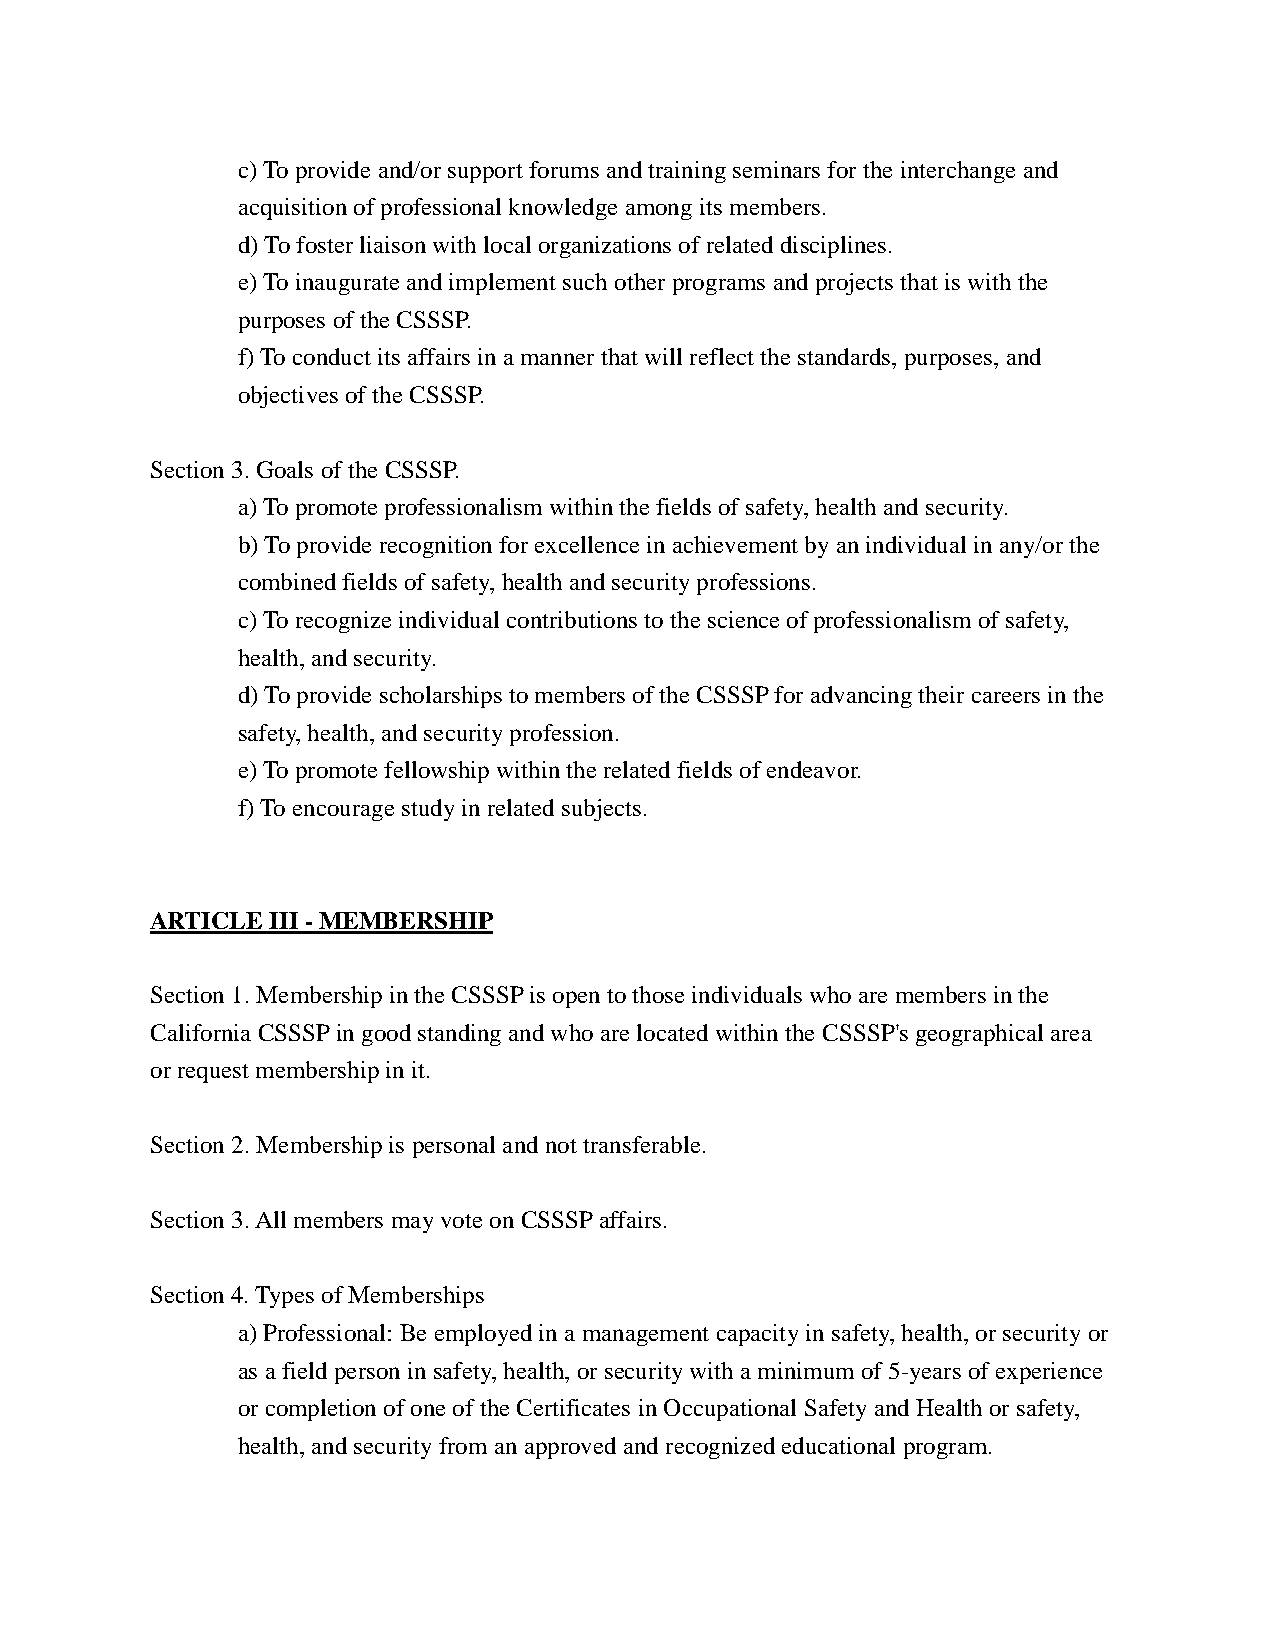
c) To provide and/or support forums and training seminars for the interchange and
 acquisition of professional knowledge among its members.
 d) To foster liaison with local organizations of related disciplines.
 e) To inaugurate and implement such other programs and projects that is with the
 purposes of the CSSSP.
 f) To conduct its affairs in a manner that will reflect the standards, purposes, and
 objectives of the CSSSP.
 Section 3. Goals of the CSSSP.
 a) To promote professionalism within the fields of safety, health and security.
 b) To provide recognition for excellence in achievement by an individual in any/or the
 combined fields of safety, health and security professions.
 c) To recognize individual contributions to the science of professionalism of safety,
 health, and security.
 d) To provide scholarships to members of the CSSSP for advancing their careers in the
 safety, health, and security profession.
 e) To promote fellowship within the related fields of endeavor.
 f) To encourage study in related subjects.
 ARTICLE III - MEMBERSHIP
 Section 1. Membership in the CSSSP is open to those individuals who are members in the
 California CSSSP in good standing and who are located within the CSSSP's geographical area
 or request membership in it.
 Section 2. Membership is personal and not transferable.
 Section 3. All members may vote on CSSSP affairs.
 Section 4. Types of Memberships
 a) Professional: Be employed in a management capacity in safety, health, or security or
 as a field person in safety, health, or security with a minimum of 5-years of experience
 or completion of one of the Certificates in Occupational Safety and Health or safety,
 health, and security from an approved and recognized educational program.